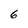
Character: 6